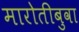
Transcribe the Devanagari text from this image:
मारोतीबुवा